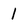
Character: 1